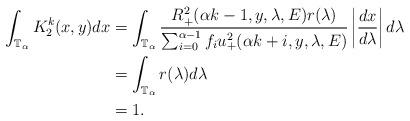
LaTeX: \begin{align*}\int_{\mathbb{T}_\alpha} K_2^{k}(x,y)dx&=\int_{\mathbb{T}_\alpha}\frac{R_+^2(\alpha k-1,y,\lambda,E)r(\lambda)}{\sum_{i=0}^{\alpha-1}f_iu_+^2(\alpha k+i,y,\lambda,E)}\left|\frac{d x}{d\lambda}\right|d\lambda\\&=\int_{\mathbb{T}_\alpha}r(\lambda)d\lambda\\&=1.\end{align*}